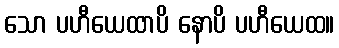
သော ပဟီယေထာပိ နောပိ ပဟီယေထ။